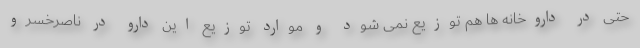
حتی در داروخانه ها هم توزیع نمی شود و موارد توزیع این دارو در ناصرخسرو